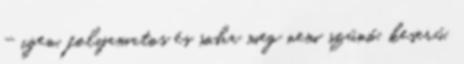
- igen, folyamatos és soha meg nem szűnő, keserű,